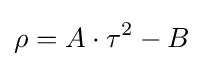
\rho =A\cdot \tau ^{2}-B